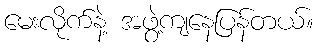
မေးလိုက်နဲ့ အဖွဲ့ကျနေပြန်တယ်။